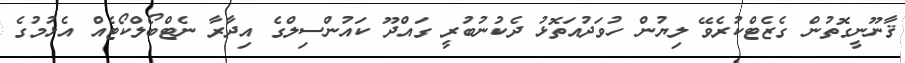
ޤާނޫނީގޮތުން ގެޒެޓްކުރެވޭ ލިޔުން ހުވަދުއަތޮޅު ދެކުނުބުރީ ގައްދޫ ކައުންސިލްގެ އިދާރާ ނެޓްބޯލްކޯޓެއް އެޅުމުގެ